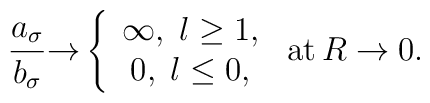
\frac{a_{\sigma }}{b_{\sigma }}{\rightarrow }\left\{ \begin{array}{c}\infty ,\;l\geq 1, \\ 0,\;l\leq 0,\end{array}\right. \,{\rm at}\,R\rightarrow 0.